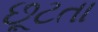
છૂટતા